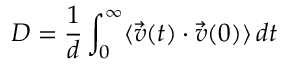
D = { \frac { 1 } { d } } \int _ { 0 } ^ { \infty } \langle \vec { v } ( t ) \cdot \vec { v } ( 0 ) \rangle \, d t